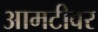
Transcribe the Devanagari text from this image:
आमटीवर